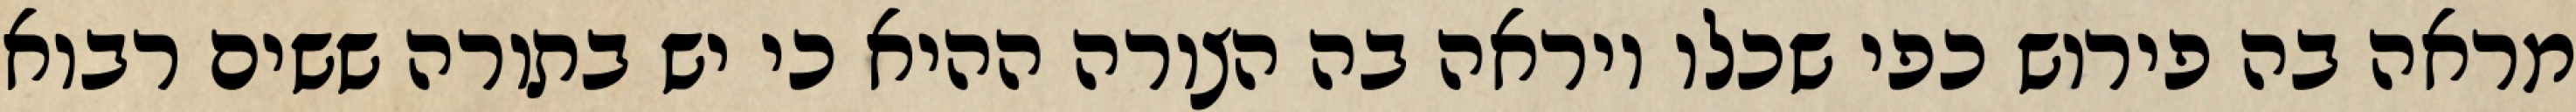
מראה בה פירוש כפי שכלו ויראה בה הצורה ההיא כי יש בתורה ששים רבוא